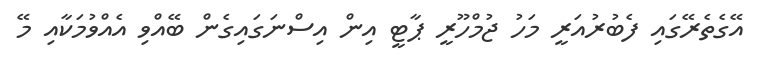
އޭގެތެރޭގައި ފެބުރުއަރީ މަހު ޖުމްހޫރީ ޕާޓީ އިން އިސްނަގައިގެން ބޭއްވި އެއްވުމަކާއި މޭ